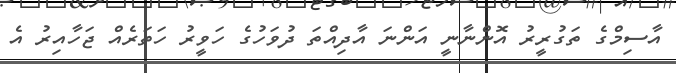
އާސިމްގެ ތަގުރީރު އޮންނާނީ އަންނަ އާދިއްތަ ދުވަހުގެ ހަވީރު ހަތަރެއް ޖަހާއިރު އެ